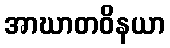
အာဃာတဝိနယာ